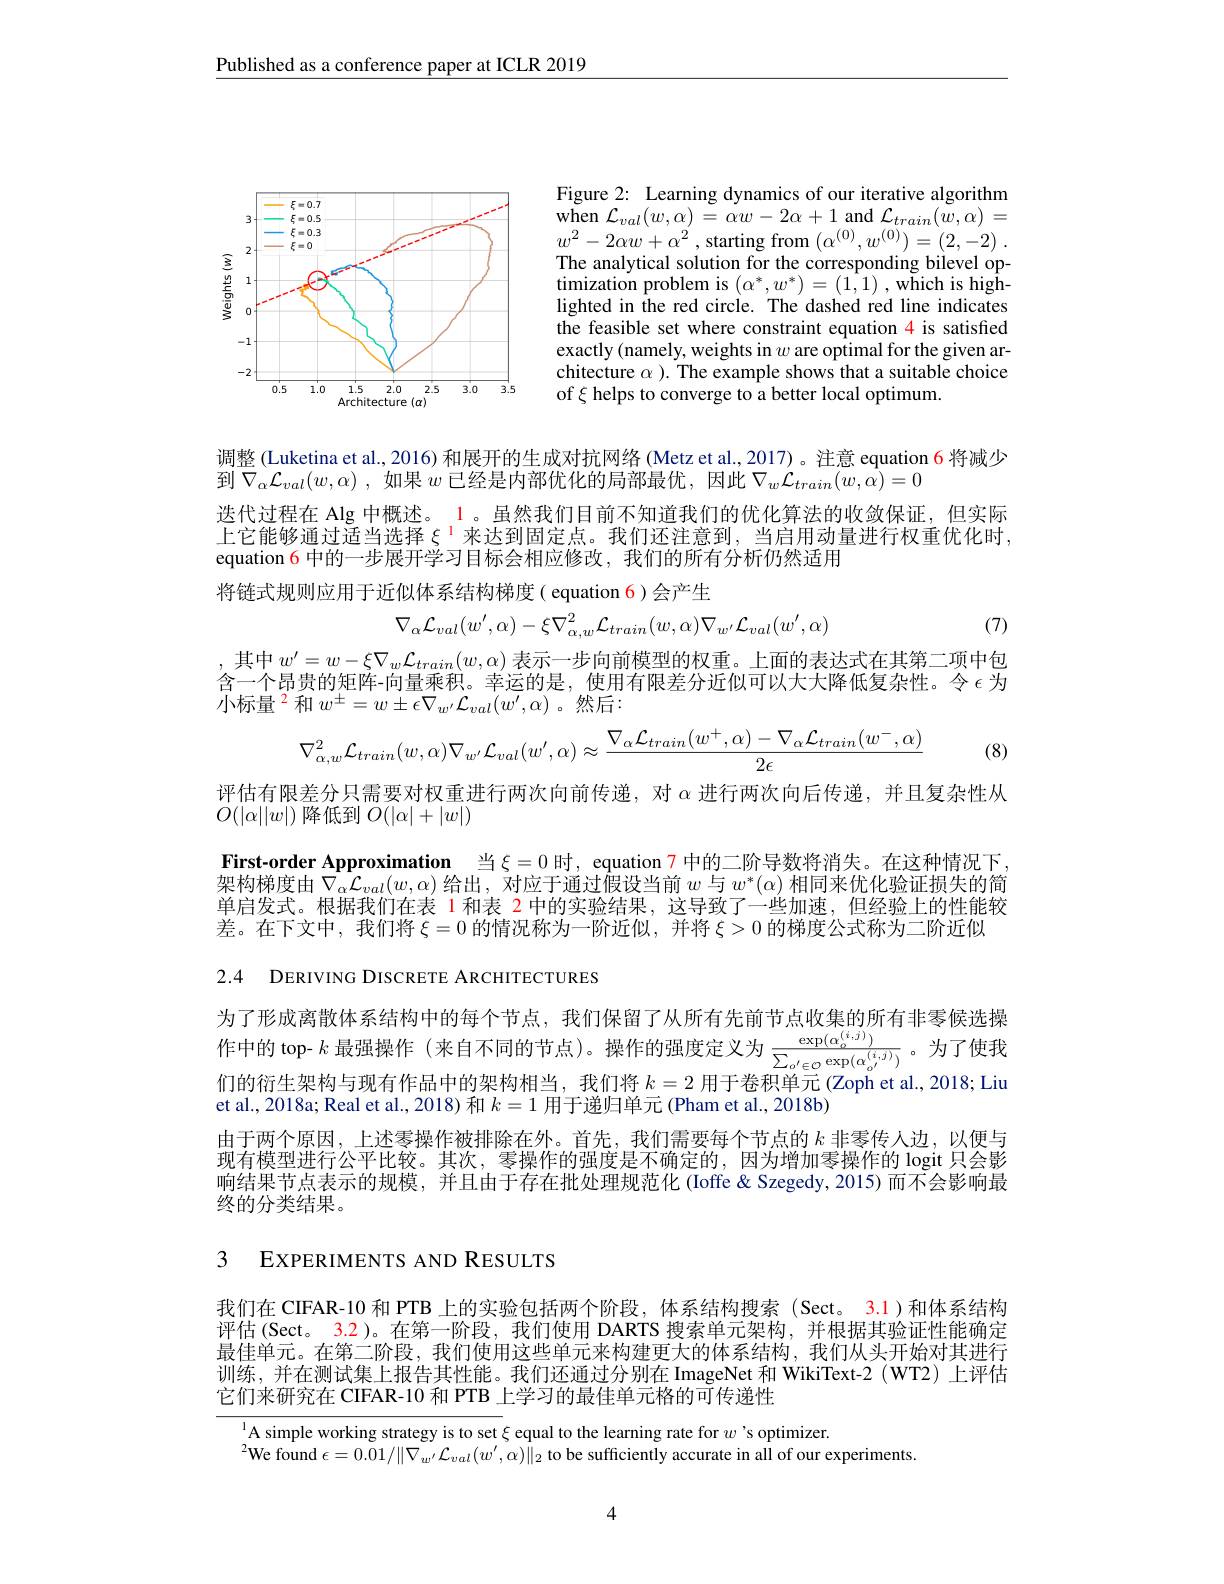
Published as a conference paper at ICLR 2019

Figure 2: Learning dynamics of our iterative algorithm $\operatorname { \mathrm{when}}$ $\mathcal{L} _{val}( w, \alpha )$ = $\alpha w- 2\alpha + 1$ and $\mathcal{L} _train( \tilde{w} , \alpha )$ = $w^{2}-2\alpha w+\alpha^{2}$,starting from $( \alpha ^{( 0) }, w^{( 0) }) = ( 2, - 2)$ . The analytical solution for the corresponding bilevel optimization problem is $(\alpha^*,w^*)=(1,1)$ , which is highlighted in the red circle. The dashed red line indicates the feasible set where constraint equation 4 is satisfied exactly (namely, weights in $w$ are optimal for the given architecture $\alpha$ ). The example shows that a suitable choice of $\xi$ helps to converge to a better local optimum.

<FigureHere>

调整 (Luketina et al., 2016) 和展开的生成对抗网络 (Metz et al., 2017)。注意 equation 6 将减少
到$\nabla _{\alpha }\mathcal{L} _{val}( w, \alpha )$ , 如果 $w$ 已经是内部优化的局部最优，因此$\nabla_w\mathcal{L}_{train}(w,\tilde{\alpha})=0$
迭代过程在 Alg 中概述。1 。虽然我们目前不知道我们的优化算法的收敛保证，但实际上它能够通过适当选择$\xi^{1}$来达到固定点。我们还注意到，当启用动量进行权重优化时equation 6 中的一步展开学习目标会相应修改，我们的所有分析仍然适用
将链式规则应用于近似体系结构梯度( equation 6)会产生

(7)
$$\nabla_{\alpha}\mathcal{L}_{val}(w',\alpha)-\xi\nabla_{\alpha,w}^{2}\mathcal{L}_{train}(w,\alpha)\nabla_{w'}\mathcal{L}_{val}(w',\alpha)$$
,其中$w^\prime=w-\xi\nabla_w\mathcal{L}_{train}(w,\alpha)$表示一步向前模型的权重。上面的表达式在其第二项中包会人民由的行政一次目手和$+\cdots\neq b$时间一个个时间为11111111111111111年年由此含一个昂贵的矩阵-向量乘积。幸运的是，使用有限差分近似可以大大降低复杂性。令$\epsilon$为小标量$^{\color{red}2}$和$w^\pm=w\pm\epsilon\nabla_{w^{\prime}}\mathcal{L}_{val}(w^{\prime},\alpha)$。然后：
$$\nabla_{\alpha,w}^{2}\mathcal{L}_{train}(w,\alpha)\nabla_{w'}\mathcal{L}_{val}(w',\alpha)\approx\frac{\nabla_{\alpha}\mathcal{L}_{train}(w^{+},\alpha)-\nabla_{\alpha}\mathcal{L}_{train}(w^{-},\alpha)}{2\epsilon}$$
(8)

评估有限差分只需要对权重进行两次向前传递，对$\alpha$进行两次向后传递，并且复杂性从

$O(|\alpha||w|)$降低到$O(|\alpha|+|w|)$

First-order Approximation 当$\xi=0$ 时，equation 7 中的二阶导数将消失。在这种情况下， 架构梯度由$\nabla_\alpha\mathcal{L}_{val}(w,\alpha)$给出，对应于通过假设当前$w$与$w^*(\alpha)$相同来优化验证损失的简单启发式。根据我们在表 1和表 2 中的实验结果，这导致了一些加速，但经验上的性能较差。在下文中，我们将$\xi=0$的情况称为一阶近似，并将$\xi>0$的梯度公式称为二阶近似

2.4 DERIVING DISCRETE ARCHITECTURES

为了形成离散体系结构中的每个节点，我们保留了从所有先前节点收集的所有非零候选操作中的 top- $k$最强操作 (来自不同的节点)。操作的强度定义为$\frac{\exp(\alpha_0^{(i,j)})}{\sum_{o^{\prime}\in C}\exp(\alpha_o^{(i,j)})}$。为了使我们的衍牛架构与现有作品中的架构相当，我们将$k=2$用干卷积单元 (Zoph et al. 2018; Liu 们的衍生架构与现有作品中的架构相当，我们将$k=2$用于卷积单元(Zoph et al., 2018; Liu

et al., 2018a; Real et al., 2018) 和$k=1$用于递归单元 (Pham et al., 2018b)
由于两个原因，上述零操作被排除在外。首先，我们需要每个节点的$k$非零传人边，以便与现有模型进行公平比较。其次，零操作的强度是不确定的，因为增加零操作的 logit 只会影响结果节点表示的规模，并且由于存在批处理规范化 (Ioffe&Szegedy,2015)而不会影响最终的分类结果。

3 EXPERIMENTS AND RESULTS

我们在 CIFAR-10 和 PTB 上的实验包括两个阶段，体系结构搜索 (Sect。3.1)和体系结构评估 (Sect。3.2)。在第一阶段，我们使用 DARTS 搜索单元架构，并根据其验证性能确定最佳单元。在第二阶段，我们使用这些单元来构建更大的体系结构，我们从头开始对其进行训练，并在测试集上报告其性能。我们还通过分别在 ImageNet 和 WikiText-2 (WT2) 上评估它们来研究在 CIFAR-10 和 PTB 上学习的最佳单元格的可传递性

$^{1}$A simple working strategy is to set $\xi$ equal to the learning rate for $w$'s optimizer.
$^{2}\dot{\mathrm{We~found~\epsilon=0.01/\|\nabla_{w^{\prime}}\mathcal{L}_{val}(w^{\prime},\alpha)\|}_{2}\:\mathrm{to~be~sufficiently~accurate~in~all~of~our~experiments}}$

4